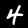
Label: 4